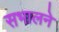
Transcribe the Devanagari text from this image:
सभालने